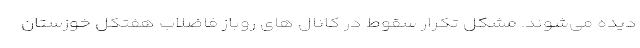
دیده می‌شوند. مشکل تکرار سقوط در کانال های روباز فاضلاب هفتکل خوزستان